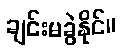
ချင်းမခွဲနိုင်။